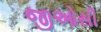
જીઓસી